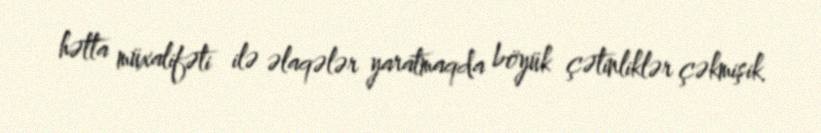
hətta müxalifəti ilə əlaqələr yaratmaqda böyük çətinliklər çəkmişik.